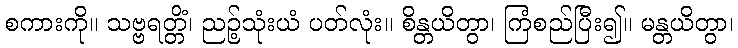
စကားကို။ သဗ္ဗရတ္တိံ၊ ညဉ့်သုံးယံ ပတ်လုံး။ စိန္တယိတွာ၊ ကြံစည်ပြီး၍။ မန္တယိတွာ၊